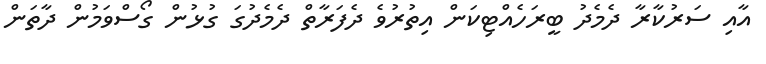
އާއި ސަރުކާރާ ދެމެދު ބީރަހެއްޓިކަން އިތުރުވެ ދެފަރާތް ދެމެދުގަ ގުޅުން ގޯސްވަމުން ދާތަން